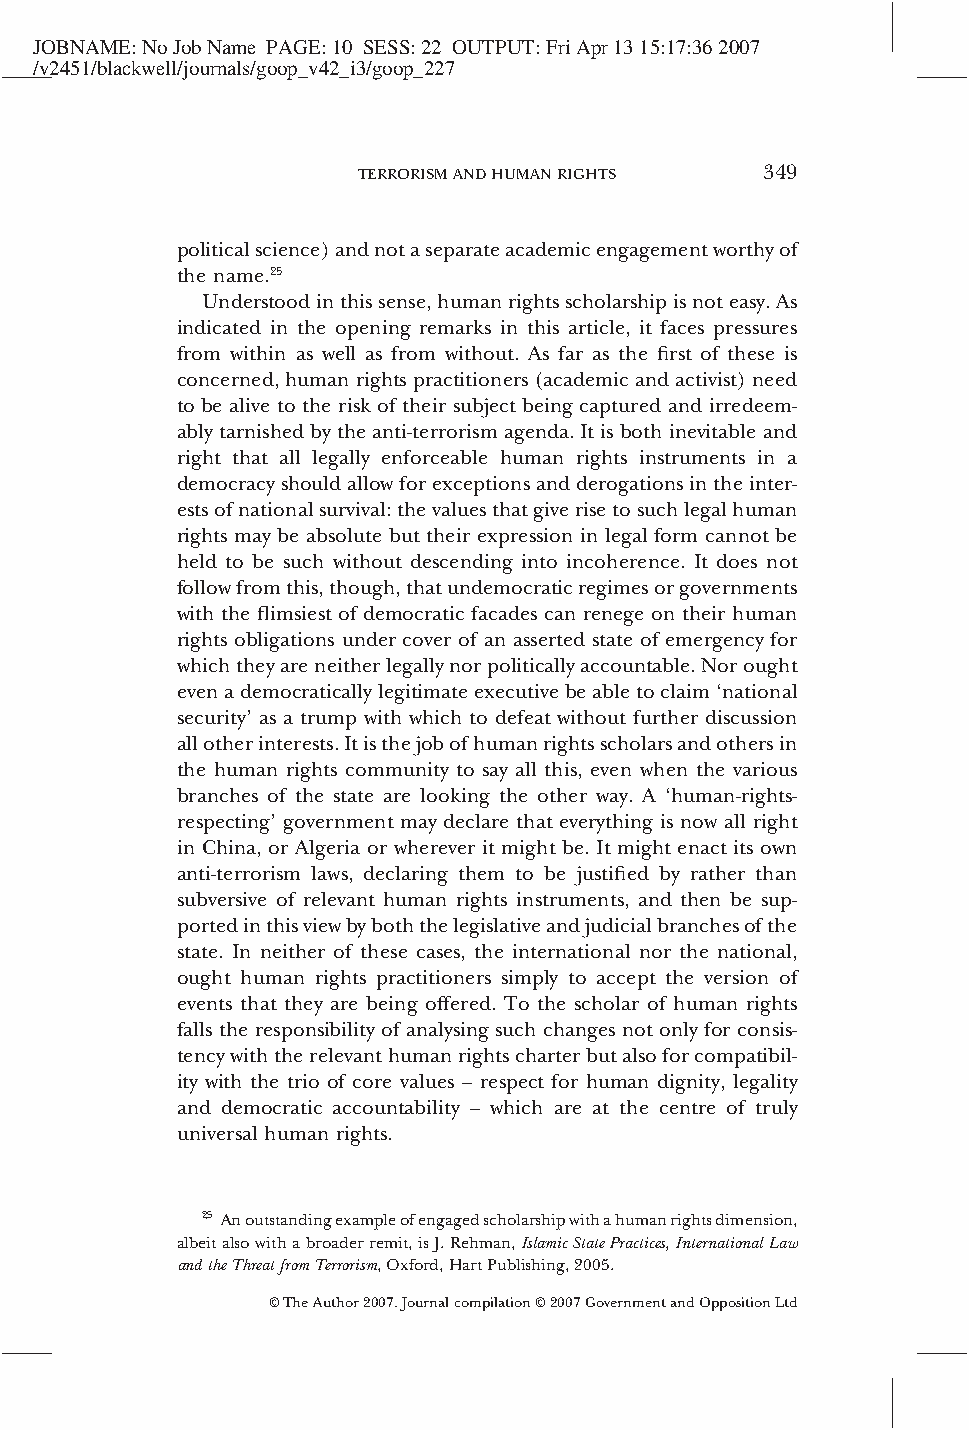
JOBNAME:NoJobName PAGE:10 SESS:22 OUTPUT:FriApr1315:17:362007
 /v2451/blackwell/journals/goop_v42_i3/goop_227
 TERRORISMANDHUMANRIGHTS    349
 politicalscience)andnotaseparateacademicengagementworthyof
 the name.25
 Understoodinthissense,humanrightsscholarshipisnoteasy.As
 indicated in the opening remarks in this article, it faces pressures
 from within as well as from without. As far as the first of these is
 concerned,humanrightspractitioners(academicandactivist)need
 to be alive to the risk of their subject being captured and irredeem-
 ablytarnishedbytheanti-terrorismagenda.Itisbothinevitableand
 right that all legally enforceable human rights instruments in a
 democracyshouldallowforexceptionsandderogationsintheinter-
 estsofnationalsurvival:thevaluesthatgiverisetosuchlegalhuman
 rights may be absolute but their expression in legal form cannot be
 held to be such without descending into incoherence. It does not
 followfromthis,though,thatundemocraticregimesorgovernments
 with the flimsiest of democratic facades can renege on their human
 rights obligations under cover of an asserted state of emergency for
 whichtheyareneitherlegallynorpoliticallyaccountable.Norought
 evenademocraticallylegitimateexecutivebeabletoclaim‘national
 security’ as a trump with which to defeat without further discussion
 allotherinterests.Itisthejobofhumanrightsscholarsandothersin
 the human rights community to say all this, even when the various
 branches of the state are looking the other way. A ‘human-rights-
 respecting’ government may declare that everything is now all right
 in China, or Algeria or wherever it might be. It might enact its own
 anti-terrorism laws, declaring them to be justified by rather than
 subversive of relevant human rights instruments, and then be sup-
 portedinthisviewbyboththelegislativeandjudicialbranchesofthe
 state. In neither of these cases, the international nor the national,
 ought human rights practitioners simply to accept the version of
 events that they are being offered. To the scholar of human rights
 falls the responsibility of analysing such changes not only for consis-
 tencywiththerelevanthumanrightscharterbutalsoforcompatibil-
 ity with the trio of core values – respect for human dignity, legality
 and democratic accountability – which are at the centre of truly
 universal human rights.
 25 Anoutstandingexampleofengagedscholarshipwithahumanrightsdimension,
 albeitalsowithabroaderremit,isJ.Rehman,IslamicStatePractices,InternationalLaw
 andtheThreatfromTerrorism,Oxford,HartPublishing,2005.
 ©TheAuthor2007.Journalcompilation©2007GovernmentandOppositionLtd